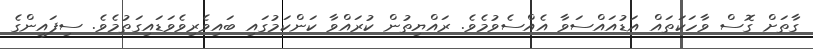
ގާތަށް ގޮސް ވާހަކަތައް އަޑުއައްސަވާ އެއްސެވުމެވެ. ރައްޔިތުން ކުރައްވާ ކަންކަމުގައި ބައިވެރިވެވަޑައިގަތުމެވެ. ސިފައިންގެ